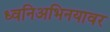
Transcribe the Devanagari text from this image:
ध्वनिअभिनयावर